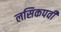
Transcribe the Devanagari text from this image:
लसिकपर्वी